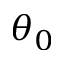
\theta _ { 0 }